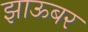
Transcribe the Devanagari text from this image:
झाऊबर